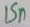
Text: 15n